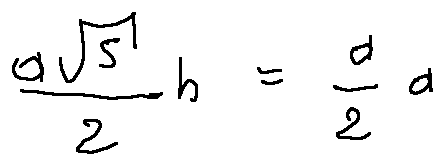
\frac { a \sqrt { 5 } } { 2 } h = \frac { a } { 2 } a